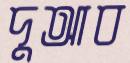
দুআব